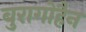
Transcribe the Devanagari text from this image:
बुरागोहैन